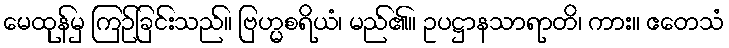
မေထုန်မှ ကြဉ်ခြင်းသည်။ ဗြဟ္မစရိယံ၊ မည်၏။ ဥပဋ္ဌာနသာရာတိ၊ ကား။ ဧတေသံ